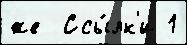
же  Ссы́лк'и 1